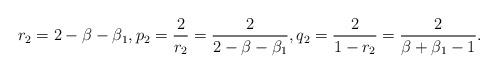
LaTeX: \begin{align*}r_2= 2-\beta-\beta_1, p_2=\frac{2}{r_2}=\frac{2}{2-\beta-\beta_1}, q_2= \frac{2}{1-r_2}=\frac{2}{\beta+\beta_1-1}. \end{align*}